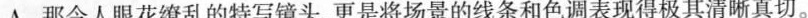
A. 那令人眼花缭乱的特写镜头，更是将场景的线条和色调表现得极其清晰真切。